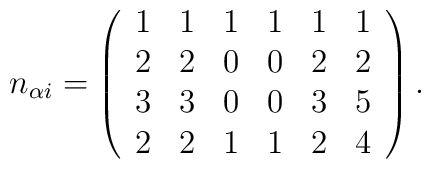
n_{\alpha i}=\left(\begin{array}{cccccc}1 & 1 & 1 & 1 & 1 & 1 \\2 & 2 & 0 & 0 & 2 & 2 \\3 & 3 & 0 & 0 & 3 & 5 \\2 & 2 & 1 & 1 & 2 & 4\end{array}\right) .